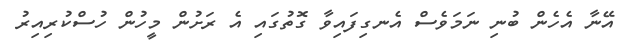
އޭނާ އެހެން ބުނި ނަމަވެސް އެނގިފައިވާ ގޮތުގައި އެ ރަށުން މީހުން ހުސްކުރިއިރު